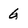
Character: G